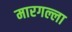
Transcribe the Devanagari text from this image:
मारगल्ला